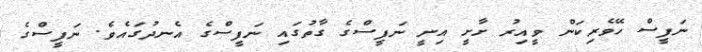
ނަފީސް ހޭވެރިކަން ވީއިރު ށާށީ އިނީ ނަފީސްގެ ގާތުގައި ނަފީސްގެ އެނދުގައެވެ. ނަފީސްގެ